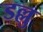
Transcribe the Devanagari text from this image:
डल्लु